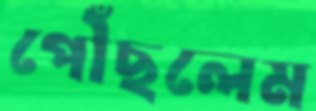
পৌঁছলেম